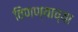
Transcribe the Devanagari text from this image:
विणण्याच्या